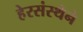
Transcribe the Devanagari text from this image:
हेरसंस्थेने